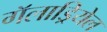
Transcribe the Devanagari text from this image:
गॅलाड्रियेल